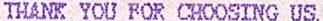
THANK YOU FOR CHOOSING US.